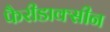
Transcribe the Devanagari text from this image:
फैरीडाक्सीन